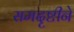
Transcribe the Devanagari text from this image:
समदृष्टीने